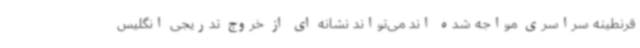
قرنطینه سراسری مواجه شده اند می‌تواند نشانه ای از خروج تدریجی انگلیس